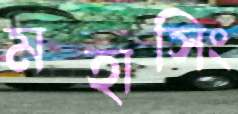
মহাসিং